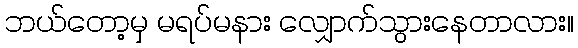
ဘယ်တော့မှ မရပ်မနား လျှောက်သွားနေတာလား။